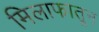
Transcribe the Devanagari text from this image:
मिलाफातून